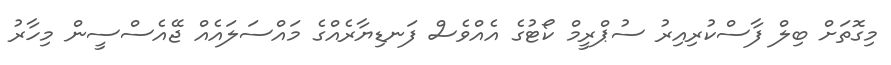
މިގޮތަށް ބިލް ފާސްކުރިއިރު ސުޕްރީމް ކޯޓުގެ އެއްވެސް ފަނޑިޔާރެއްގެ މައްސަލައެއް ޖޭއެސްސީން މިހާރު